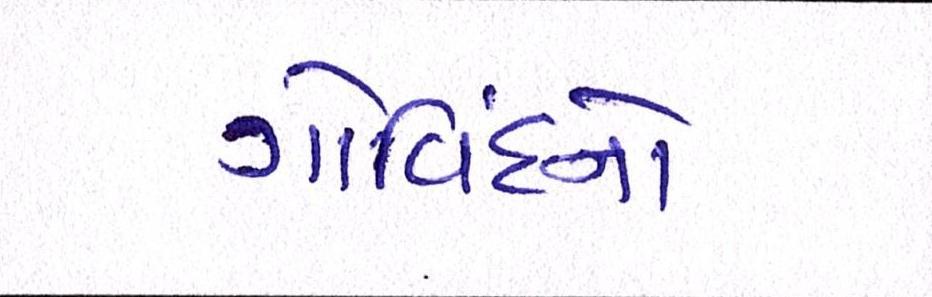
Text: ગોવિંદનો